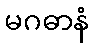
မဂဓာနံ